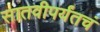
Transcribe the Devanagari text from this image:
सातवीपर्यंतचं